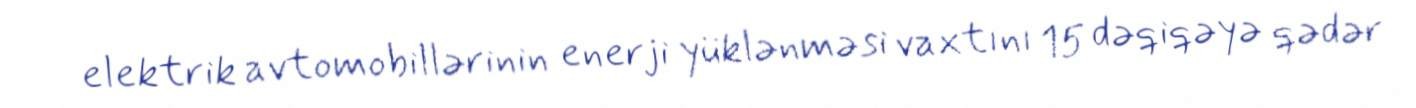
elektrik avtomobillərinin enerji yüklənməsi vaxtını 15 dəqiqəyə qədər